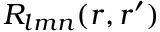
R _ { l m n } ( \boldsymbol { r } , \boldsymbol { r ^ { \prime } } )